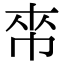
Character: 𢂯